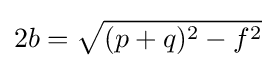
2b={\sqrt {(p+q)^{2}-f^{2}}}